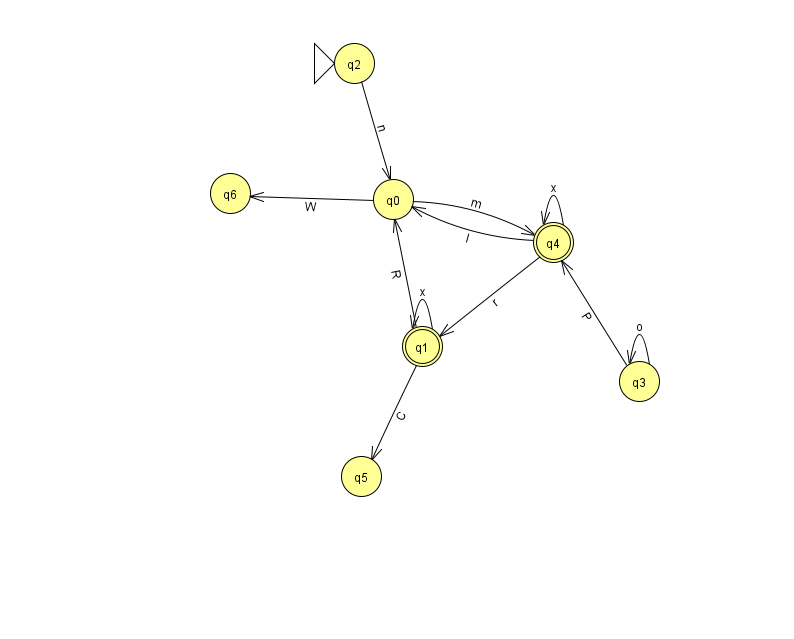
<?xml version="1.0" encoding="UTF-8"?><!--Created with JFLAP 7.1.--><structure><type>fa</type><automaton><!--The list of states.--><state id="0" name="q0"><x>393.0</x><y>186.0</y></state><state id="1" name="q1"><x>422.0</x><y>333.0</y><final/></state><state id="2" name="q2"><x>354.0</x><y>50.0</y><initial/></state><state id="3" name="q3"><x>639.0</x><y>368.0</y></state><state id="4" name="q4"><x>553.0</x><y>229.0</y><final/></state><state id="5" name="q5"><x>361.0</x><y>463.0</y></state><state id="6" name="q6"><x>230.0</x><y>180.0</y></state><!--The list of transitions.--><transition><from>1</from><to>5</to><read>C</read></transition><transition><from>3</from><to>4</to><read>P</read></transition><transition><from>0</from><to>6</to><read>W</read></transition><transition><from>1</from><to>1</to><read>x</read></transition><transition><from>4</from><to>0</to><read>I</read></transition><transition><from>4</from><to>4</to><read>x</read></transition><transition><from>0</from><to>4</to><read>m</read></transition><transition><from>2</from><to>0</to><read>n</read></transition><transition><from>4</from><to>1</to><read>r</read></transition><transition><from>1</from><to>0</to><read>R</read></transition><transition><from>3</from><to>3</to><read>o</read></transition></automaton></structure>